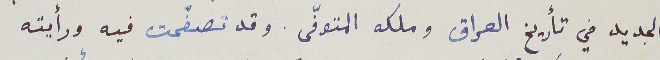
الجديد في تأريخ العراق وملكه المتوفّى. وقد تصفحت فيه ورأيته